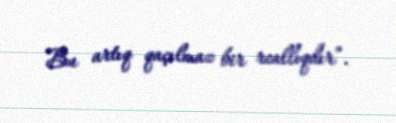
Bu artıq qaçılmaz bir reallıqdır”.